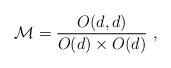
LaTeX: \begin{align*}{\cal M}={O(d,d)\over O(d)\times O(d)}\ ,\end{align*}